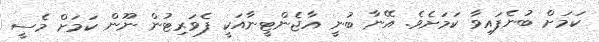
ކަމަށް ބުނެފައިވާ ކަމަށެވެ. އޭނާ ބުނީ އާޖެންޓީނާއަކީ ފެވަރިޓުން ނޫން ކަމަށް މެސީ